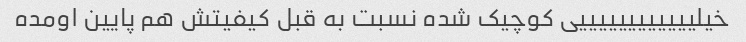
خیلییییییییییییی کوچیک شده نسبت به قبل کیفیتش هم پایین اومده